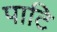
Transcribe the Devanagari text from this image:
पाटि